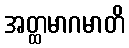
အတ္ထမာဂမာတိ